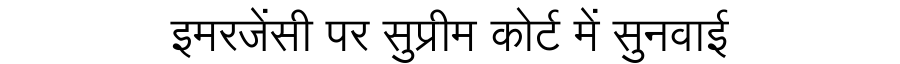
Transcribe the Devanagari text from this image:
इमरजेंसी पर सुप्रीम कोर्ट में सुनवाई